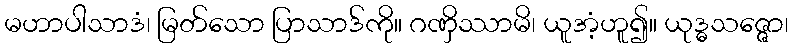
မဟာပါသာဒံ၊ မြတ်သော ပြာသာဒ်ကို။ ဂဏှိဿာမိ၊ ယူအံ့ဟူ၍။ ယုဒ္ဓသဇ္ဇော၊